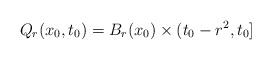
\begin{align*}Q_{r}(x_0, t_0)= B_{r}(x_0) \times (t_0-r^2, t_0]\end{align*}